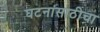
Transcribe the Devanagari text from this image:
घटनांसाठीचा